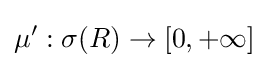
\mu ^{\prime }:\sigma (R)\to [0,+\infty ]